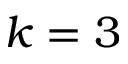
k = 3